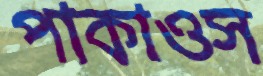
পাকাওস